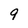
Character: 9